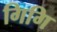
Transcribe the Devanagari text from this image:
गिगि